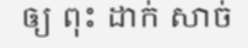
ឲ្យ ពុះ ដាក់ សាច់